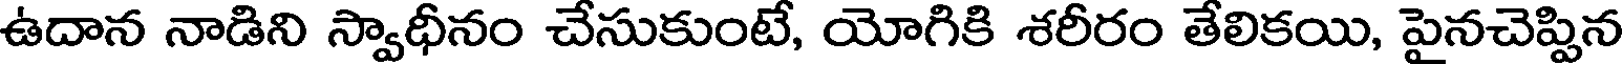
ఉదాన నాడిని స్వాధీనం చేసుకుంటే, యోగికి శరీరం తేలికయి, పైనచెప్పిన